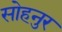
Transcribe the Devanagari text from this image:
सोहनुर